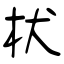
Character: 枤